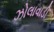
ઝોલાવાડી